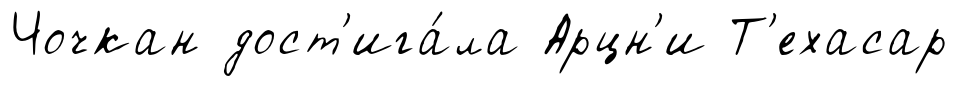
Чочкан дост'ига́ла Арцн'и Т'ехасар